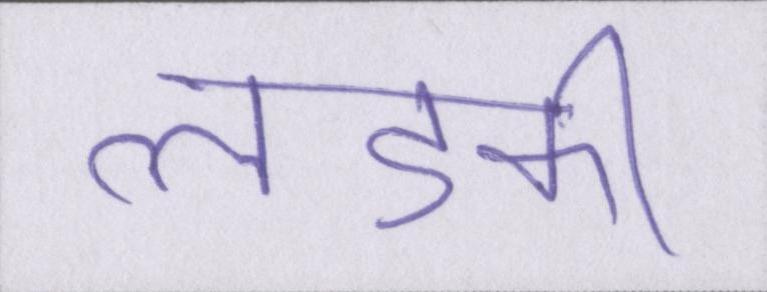
लडकी